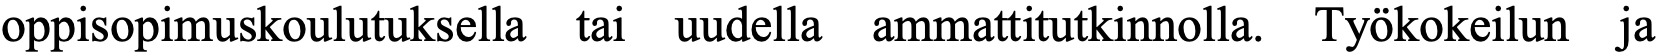
oppisopimuskoulutuksella tai uudella ammattitutkinnolla. Työkokeilun ja